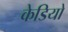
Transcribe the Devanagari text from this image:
केडियो